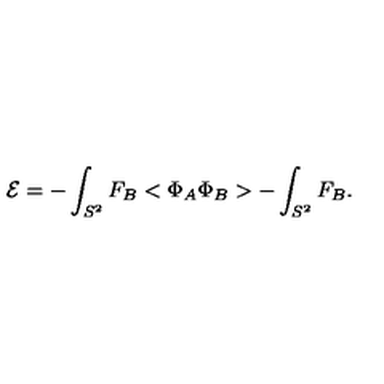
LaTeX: { \cal E } = - \int _ { S ^ { 2 } } F _ { B } < \Phi _ { A } \Phi _ { B } > - \int _ { S ^ { 2 } } F _ { B } .